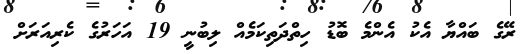
ރޭގެ ބައްޔާ އެކު އެންމެ ބޮޑު ހިތްދަތިކަމެއް ލިބުނީ 19 އަހަރުގެ ކެރިއަރަށް